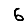
Digit: 6